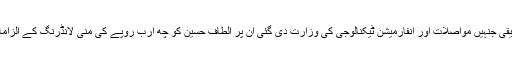
اسی طرح ایم کیو ایم کے خالد مقبول صدیقی جنہیں مواصلات اور انفارمیشن ٹیکنالوجی کی وزارت دی گئی ان پر الطاف حسین کو چھ ارب روپے کی منی لانڈرنگ کے الزامات کی ایف آئی اے تحقیقات کر رہی ہے۔